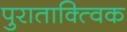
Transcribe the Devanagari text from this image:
पुराताक्त्विक